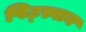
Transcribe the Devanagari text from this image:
पिट्स्वान